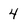
Character: 4